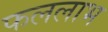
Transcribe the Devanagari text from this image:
फललाभ